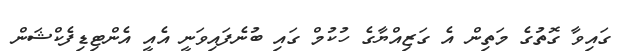
ގައިވާ ގޮތުގެ މަތިން އެ ގަޒިއްޔާގެ ހުކުމް ގައި ބުނެފައިވަނީ އެއީ އެންޓިޑިފެކްޝަން